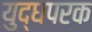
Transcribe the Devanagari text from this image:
युद्धपरक